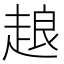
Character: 𧻴